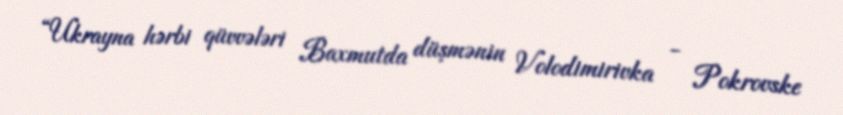
“Ukrayna hərbi qüvvələri Baxmutda düşmənin Volodimirivka - Pokrovske